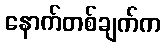
နောက်တစ်ချက်က